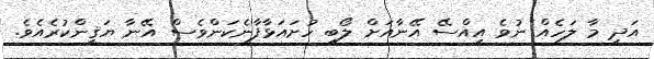
އަދި މާ ލަހެއް ނުވެ އިއްސޭ އޭނާއަށް ލޯބި ހުށައަޅާފާނެކަންވެސް އޭނާ ޔަޤީންކުރެއެވެ.